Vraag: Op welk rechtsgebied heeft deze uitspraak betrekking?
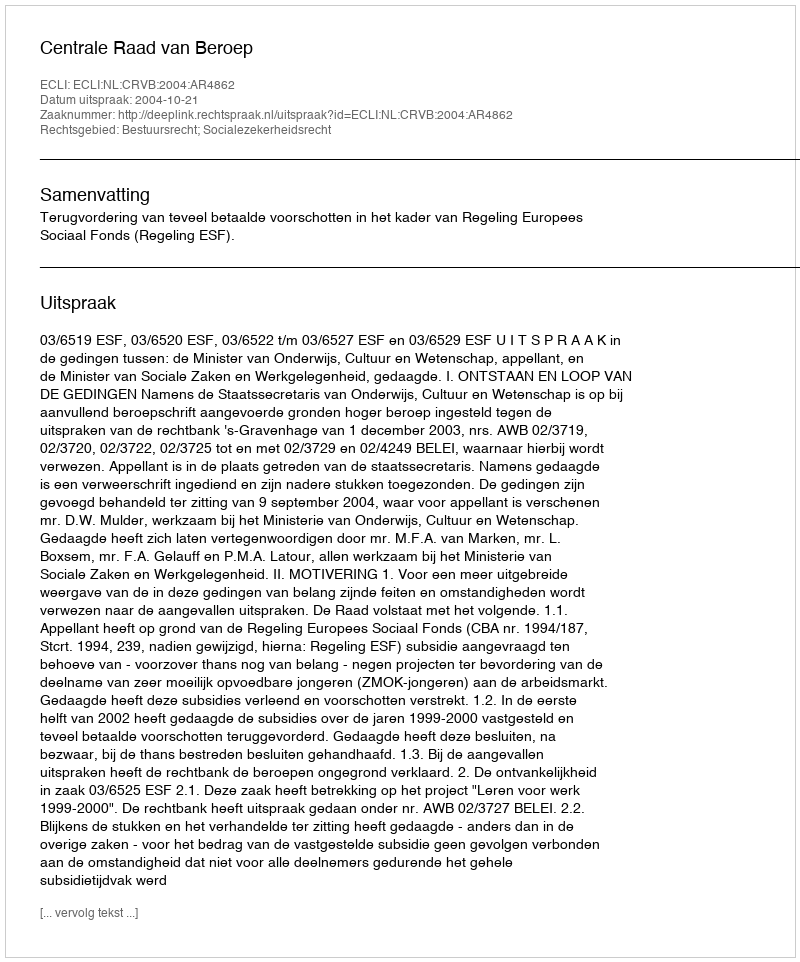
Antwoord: Bestuursrecht; Socialezekerheidsrecht